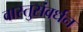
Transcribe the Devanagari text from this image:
वास्तुसंवर्धन